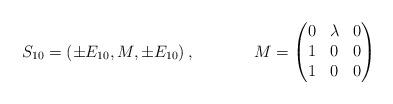
LaTeX: \begin{align*} S_{10}&=\left(\pm E_{10},M, \pm E_{10}\right), & M&=\begin{pmatrix}0 & \lambda & 0 \\ 1 & 0 & 0 \\ 1 & 0 & 0 \end{pmatrix}&\end{align*}